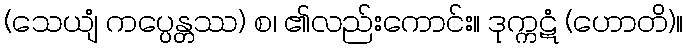
(သေယျံ ကပ္ပေန္တဿ) စ၊ ၏လည်းကောင်း။ ဒုက္ကဋံ (ဟောတိ)။